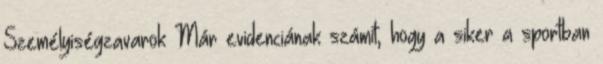
Személyiségzavarok Már evidenciának számít, hogy a siker a sportban